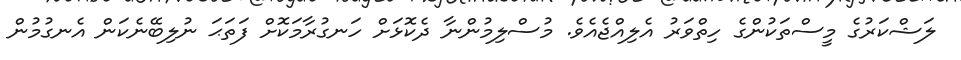
ލަޝްކަރުގެ މީސްތަކުންގެ ހިތްވަރު އެލިއްޖެއެވެ. މުސްލިމުންނާ ދެކޮޅަށް ހަނގުރާމަކޮށް ފަތަޙަ ނުލިބޭނެކަން އެނގުމުން